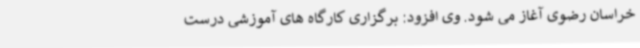
خراسان رضوی آغاز می شود. وی افزود: برگزاری کارگاه های آموزشی درست